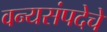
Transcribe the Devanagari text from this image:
वन्यसंपदेचे